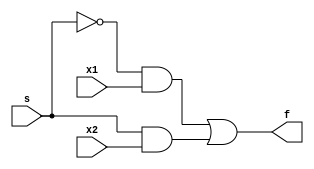
`timescale 1ns / 1ps
//////////////////////////////////////////////////////////////////////////////////
// Company: 
// Engineer: 
// 
// Design Name: 
// Module Name: mux_2x1_dataflow
// Project Name: 
// Target Devices: 
// Tool Versions: 
// Description: 
// 
// Dependencies: 
// 
// Revision:
// Revision 0.01 - File Created
// Additional Comments:
// 
//////////////////////////////////////////////////////////////////////////////////


module mux_2x1_dataflow(
    input x1, x2, s,
    output f
    );
    
    assign f = ~s & x1 | s & x2;
endmodule